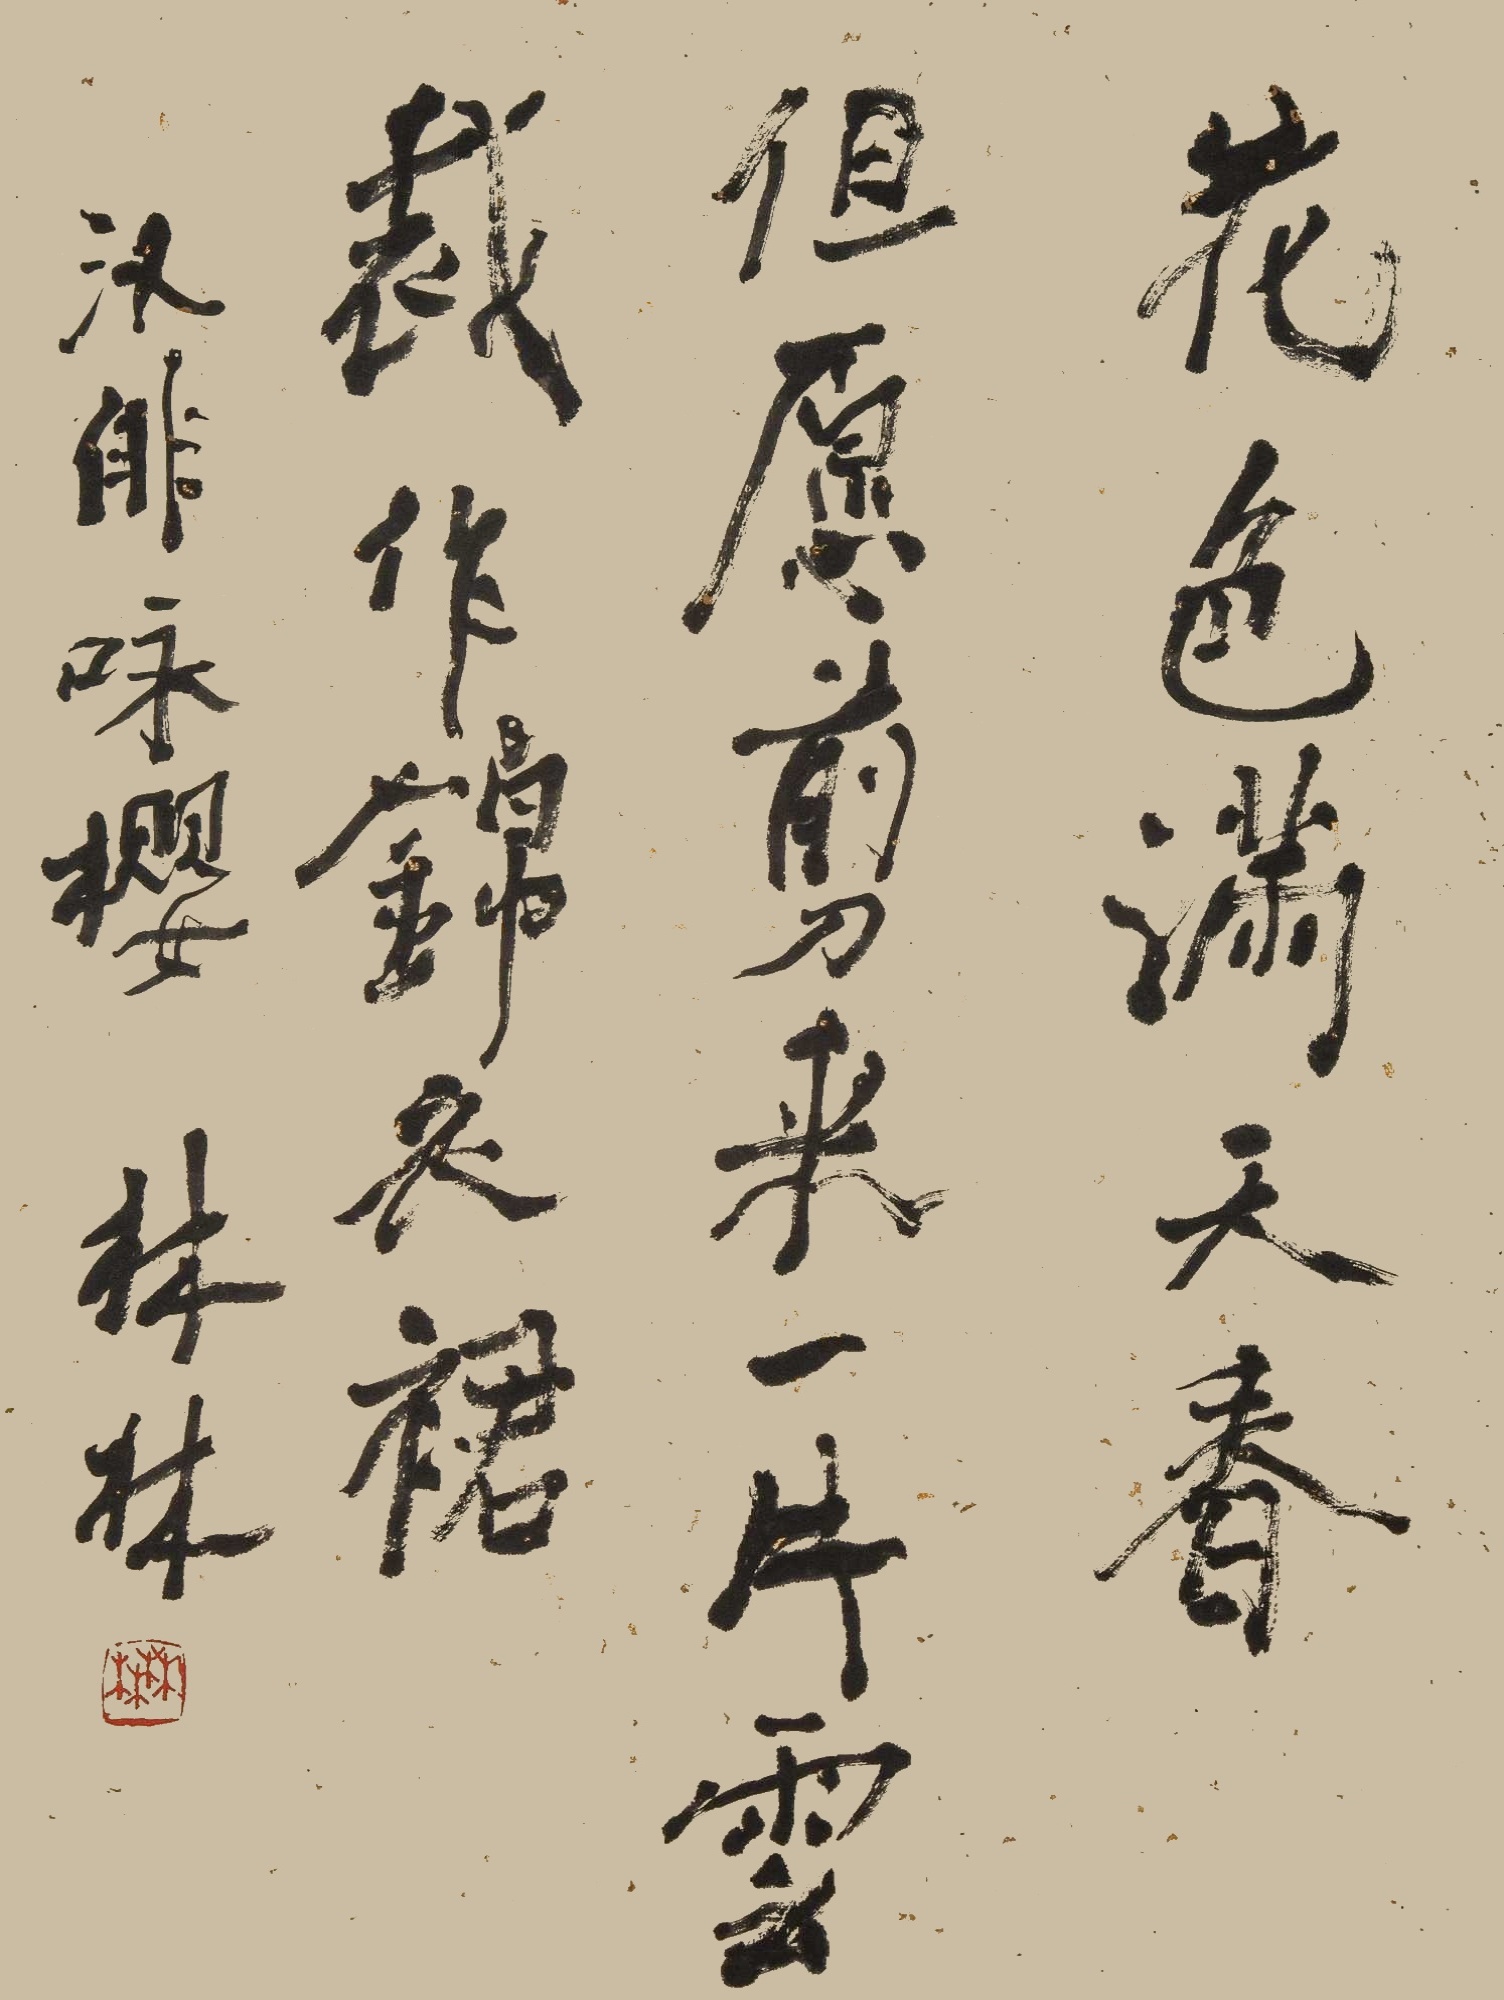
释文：花色满天春，但愿剪来一片云，裁作锦衣裙。汉俳咏樱，林林。